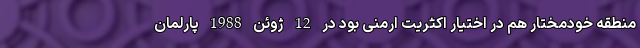
منطقه خودمختار هم در اختیار اکثریت ارمنی بود در 12 ژوئن 1988 پارلمان